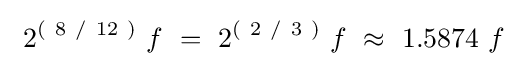
\ 2^{\left(\ 8\ /\ 12\ \right)}\ f~=~2^{\left(\ 2\ /\ 3\ \right)}\ f~\approx ~1.5874\ f~